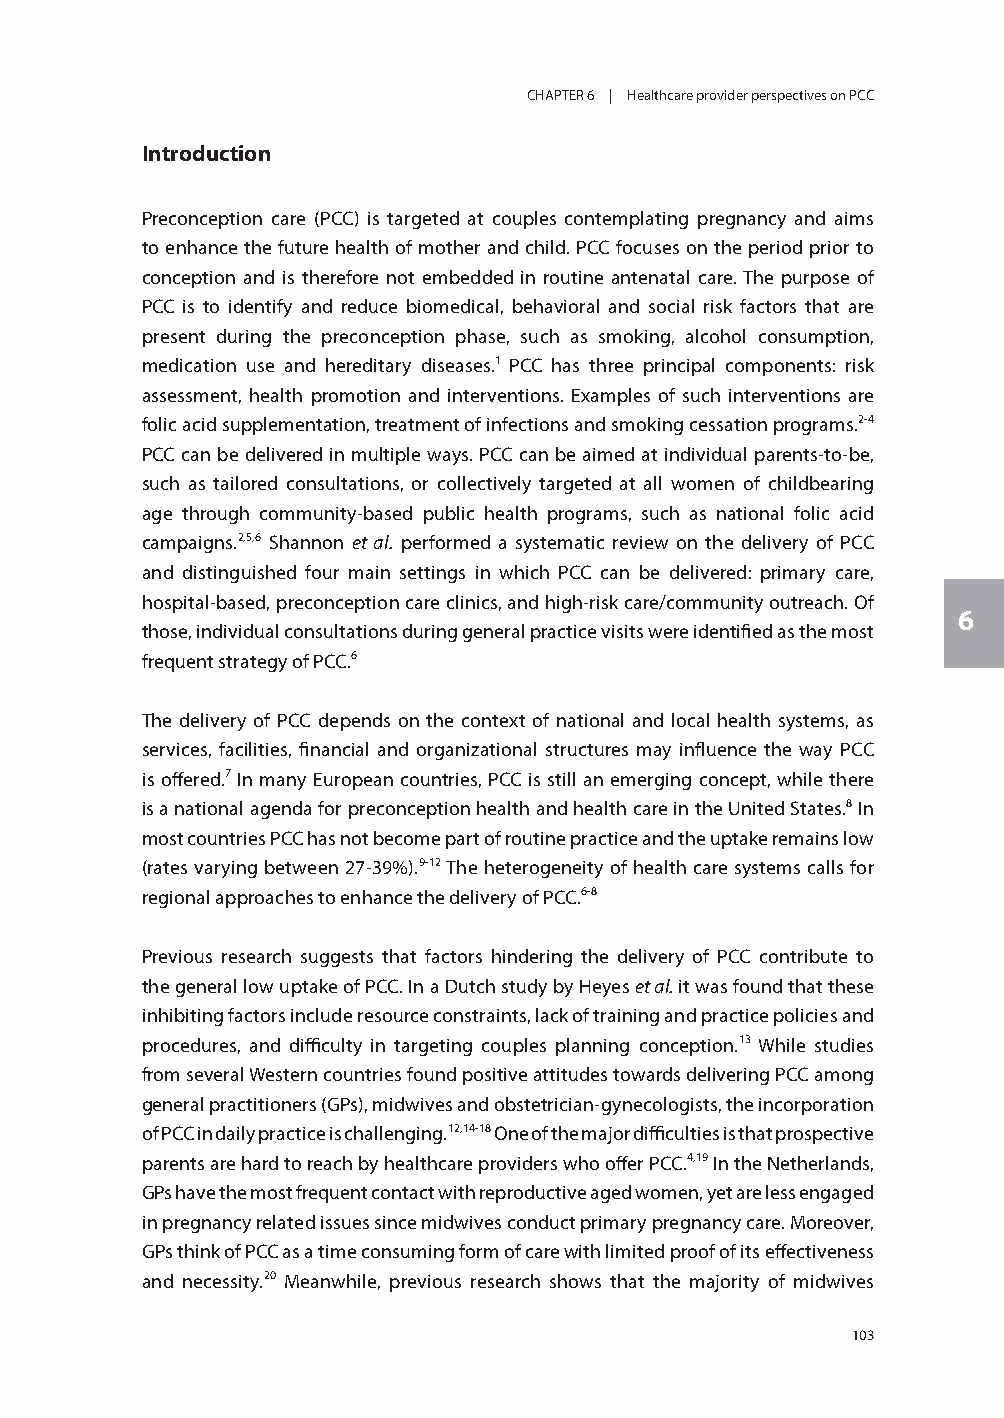
CHAPTER 6 | Healthcare provider perspectives on PCC
 Introduction
 Preconception care (PCC) is targeted at couples contemplating pregnancy and aims
 to enhance the future health of mother and child. PCC focuses on the period prior to
 conception and is therefore not embedded in routine antenatal care. The purpose of
 PCC is to identify and reduce biomedical, behavioral and social risk factors that are
 present during the preconception phase, such as smoking, alcohol consumption,
 medication use and hereditary diseases.1 PCC has three principal components: risk
 assessment, health promotion and interventions. Examples of such interventions are
 folic acid supplementation, treatment of infections and smoking cessation programs.2-4
 PCC can be delivered in multiple ways. PCC can be aimed at individual parents-to-be,
 such as tailored consultations, or collectively targeted at all women of childbearing
 age through community-based public health programs, such as national folic acid
 campaigns.2,5,6 Shannon et al. performed a systematic review on the delivery of PCC
 and distinguished four main settings in which PCC can be delivered: primary care,
 hospital-based, preconception care clinics, and high-risk care/community outreach. Of
 6
 those, individual consultations during general practice visits were identified as the most
 frequent strategy of PCC.6
 The delivery of PCC depends on the context of national and local health systems, as
 services, facilities, financial and organizational structures may influence the way PCC
 is offered.7 In many European countries, PCC is still an emerging concept, while there
 is a national agenda for preconception health and health care in the United States.8 In
 most countries PCC has not become part of routine practice and the uptake remains low
 (rates varying between 27-39%).9-12 The heterogeneity of health care systems calls for
 regional approaches to enhance the delivery of PCC.6-8
 Previous research suggests that factors hindering the delivery of PCC contribute to
 the general low uptake of PCC. In a Dutch study by Heyes et al. it was found that these
 inhibiting factors include resource constraints, lack of training and practice policies and
 procedures, and difficulty in targeting couples planning conception.13 While studies
 from several Western countries found positive attitudes towards delivering PCC among
 general practitioners (GPs), midwives and obstetrician-gynecologists, the incorporation
 of PCC in daily practice is challenging.12,14-18 One of the major difficulties is that prospective
 parents are hard to reach by healthcare providers who offer PCC.4,19 In the Netherlands,
 GPs have the most frequent contact with reproductive aged women, yet are less engaged
 in pregnancy related issues since midwives conduct primary pregnancy care. Moreover,
 GPs think of PCC as a time consuming form of care with limited proof of its effectiveness
 and necessity.20 Meanwhile, previous research shows that the majority of midwives
 103